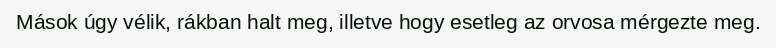
Mások úgy vélik, rákban halt meg, illetve hogy esetleg az orvosa mérgezte meg.